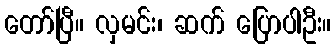
တော်ပြီ။ လှမင်း၊ ဆက် ပြောပါဦး။